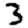
Digit: 3